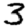
Digit: 3